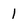
Character: 1